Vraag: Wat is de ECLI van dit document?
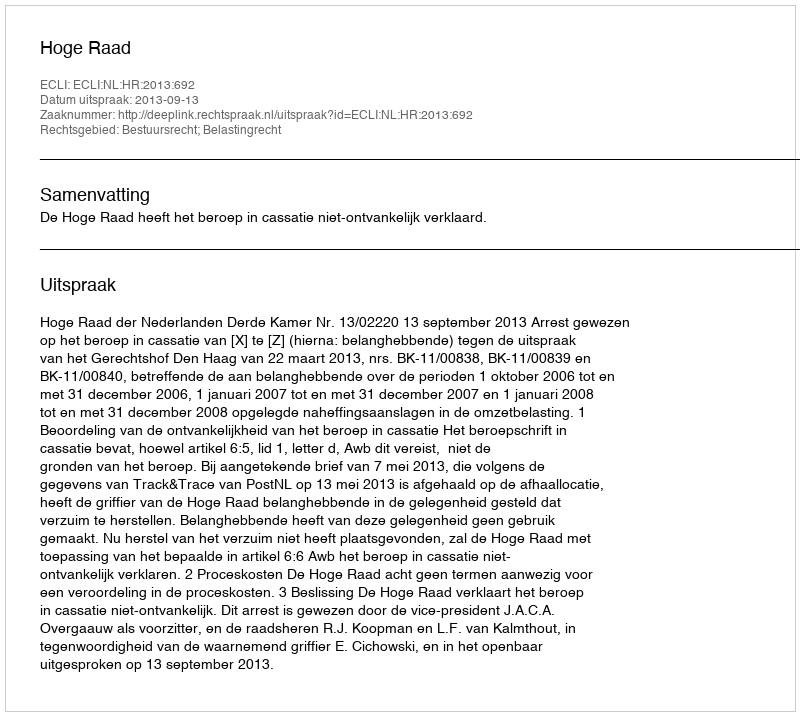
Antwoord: ECLI:NL:HR:2013:692